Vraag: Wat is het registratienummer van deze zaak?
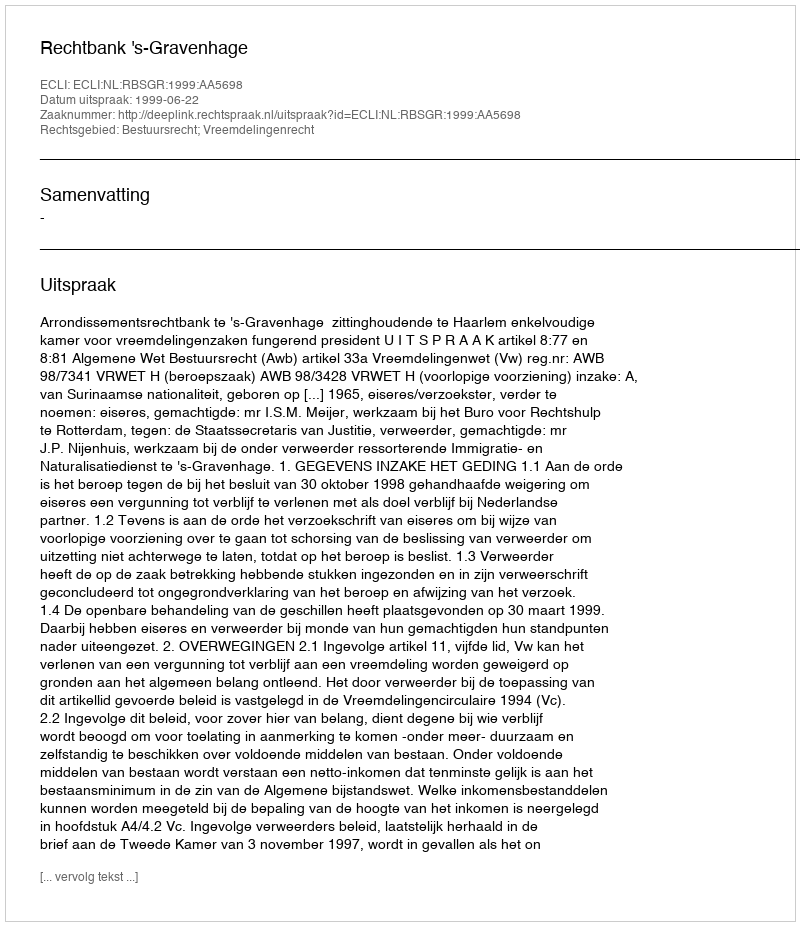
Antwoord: http://deeplink.rechtspraak.nl/uitspraak?id=ECLI:NL:RBSGR:1999:AA5698